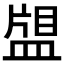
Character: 𰤿